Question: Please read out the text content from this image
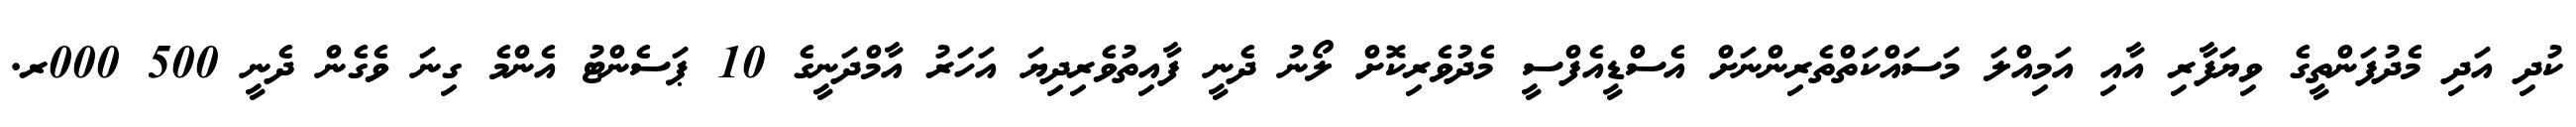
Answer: ކުދި އަދި މެދުފަންތީގެ ވިޔަފާރި އާއި އަމިއްލަ މަސައްކަތްތެރިންނަށް އެސްޑީއެފްސީ މެދުވެރިކޮށް ލޯނު ދެނީ ފާއިތުވެރިދިޔަ އަހަރު އާމްދަނީގެ 10 ޕަސެންޓު އެންމެ ގިނަ ވެގެން ދެނީ 500 000ރ.